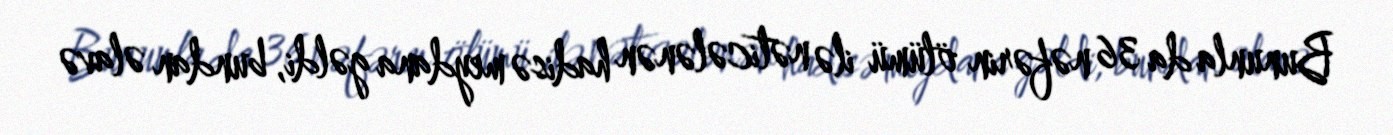
Bununla da 36 nəfərin ölümü ilə nəticələnən hadisə meydana gəldi, bundan əlavə